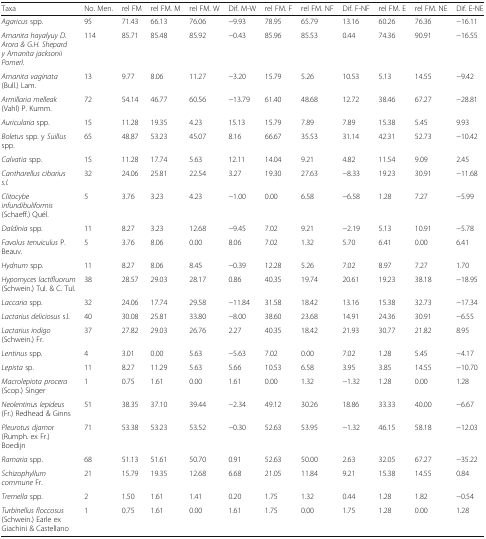
<table><thead><tr><td><b>Taxa</b></td><td><b>No. Men.</b></td><td><b>rel FM</b></td><td><b>rel FM. M</b></td><td><b>rel FM. W</b></td><td><b>Dif. M-W</b></td><td><b>rel FM. F</b></td><td><b>rel FM. NF</b></td><td><b>Dif. F-NF</b></td><td><b>rel FM. E</b></td><td><b>rel FM. NE</b></td><td><b>Dif. E-NE</b></td></tr></thead><tbody><tr><td><i>Agaricus</i> spp.</td><td>95</td><td>71.43</td><td>66.13</td><td>76.06</td><td>−9.93</td><td>78.95</td><td>65.79</td><td>13.16</td><td>60.26</td><td>76.36</td><td>−16.11</td></tr><tr><td><i>Amanita hayalyuy D. Arora &amp; G.H. Shepard y Amanita jacksonii Pomerl.</i></td><td>114</td><td>85.71</td><td>85.48</td><td>85.92</td><td>−0.43</td><td>85.96</td><td>85.53</td><td>0.44</td><td>74.36</td><td>90.91</td><td>−16.55</td></tr><tr><td><i>Amanita vaginata</i> (Bull.) Lam.</td><td>13</td><td>9.77</td><td>8.06</td><td>11.27</td><td>−3.20</td><td>15.79</td><td>5.26</td><td>10.53</td><td>5.13</td><td>14.55</td><td>−9.42</td></tr><tr><td><i>Armillaria melleak</i> (Vahl) P. Kumm.</td><td>72</td><td>54.14</td><td>46.77</td><td>60.56</td><td>−13.79</td><td>61.40</td><td>48.68</td><td>12.72</td><td>38.46</td><td>67.27</td><td>−28.81</td></tr><tr><td><i>Auricularia</i> spp.</td><td>15</td><td>11.28</td><td>19.35</td><td>4.23</td><td>15.13</td><td>15.79</td><td>7.89</td><td>7.89</td><td>15.38</td><td>5.45</td><td>9.93</td></tr><tr><td><i>Boletus</i> spp. y <i>Suillus</i> spp.</td><td>65</td><td>48.87</td><td>53.23</td><td>45.07</td><td>8.16</td><td>66.67</td><td>35.53</td><td>31.14</td><td>42.31</td><td>52.73</td><td>−10.42</td></tr><tr><td><i>Calvatia</i> spp.</td><td>15</td><td>11.28</td><td>17.74</td><td>5.63</td><td>12.11</td><td>14.04</td><td>9.21</td><td>4.82</td><td>11.54</td><td>9.09</td><td>2.45</td></tr><tr><td><i>Cantharellus cibarius s.l.</i></td><td>32</td><td>24.06</td><td>25.81</td><td>22.54</td><td>3.27</td><td>19.30</td><td>27.63</td><td>−8.33</td><td>19.23</td><td>30.91</td><td>−11.68</td></tr><tr><td><i>Clitocybe infundibuliformis</i> (Schaeff.) Quél.</td><td>5</td><td>3.76</td><td>3.23</td><td>4.23</td><td>−1.00</td><td>0.00</td><td>6.58</td><td>−6.58</td><td>1.28</td><td>7.27</td><td>−5.99</td></tr><tr><td><i>Daldinia</i> spp.</td><td>11</td><td>8.27</td><td>3.23</td><td>12.68</td><td>−9.45</td><td>7.02</td><td>9.21</td><td>−2.19</td><td>5.13</td><td>10.91</td><td>−5.78</td></tr><tr><td><i>Favolus tenuiculus</i> P. Beauv.</td><td>5</td><td>3.76</td><td>8.06</td><td>0.00</td><td>8.06</td><td>7.02</td><td>1.32</td><td>5.70</td><td>6.41</td><td>0.00</td><td>6.41</td></tr><tr><td><i>Hydnum</i> spp.</td><td>11</td><td>8.27</td><td>8.06</td><td>8.45</td><td>−0.39</td><td>12.28</td><td>5.26</td><td>7.02</td><td>8.97</td><td>7.27</td><td>1.70</td></tr><tr><td><i>Hypomyces lactifluorum</i> (Schwein.) Tul. &amp; C. Tul.</td><td>38</td><td>28.57</td><td>29.03</td><td>28.17</td><td>0.86</td><td>40.35</td><td>19.74</td><td>20.61</td><td>19.23</td><td>38.18</td><td>−18.95</td></tr><tr><td><i>Laccaria</i> spp.</td><td>32</td><td>24.06</td><td>17.74</td><td>29.58</td><td>−11.84</td><td>31.58</td><td>18.42</td><td>13.16</td><td>15.38</td><td>32.73</td><td>−17.34</td></tr><tr><td><i>Lactarius deliciosus</i> s.l.</td><td>40</td><td>30.08</td><td>25.81</td><td>33.80</td><td>−8.00</td><td>38.60</td><td>23.68</td><td>14.91</td><td>24.36</td><td>30.91</td><td>−6.55</td></tr><tr><td><i>Lactarius indigo</i> (Schwein.) Fr.</td><td>37</td><td>27.82</td><td>29.03</td><td>26.76</td><td>2.27</td><td>40.35</td><td>18.42</td><td>21.93</td><td>30.77</td><td>21.82</td><td>8.95</td></tr><tr><td><i>Lentinus</i> spp.</td><td>4</td><td>3.01</td><td>0.00</td><td>5.63</td><td>−5.63</td><td>7.02</td><td>0.00</td><td>7.02</td><td>1.28</td><td>5.45</td><td>−4.17</td></tr><tr><td><i>Lepista</i> sp.</td><td>11</td><td>8.27</td><td>11.29</td><td>5.63</td><td>5.66</td><td>10.53</td><td>6.58</td><td>3.95</td><td>3.85</td><td>14.55</td><td>−10.70</td></tr><tr><td><i>Macrolepiota procera</i> (Scop.) Singer</td><td>1</td><td>0.75</td><td>1.61</td><td>0.00</td><td>1.61</td><td>0.00</td><td>1.32</td><td>−1.32</td><td>1.28</td><td>0.00</td><td>1.28</td></tr><tr><td><i>Neolentinus lepideus</i> (Fr.) Redhead &amp; Ginns</td><td>51</td><td>38.35</td><td>37.10</td><td>39.44</td><td>−2.34</td><td>49.12</td><td>30.26</td><td>18.86</td><td>33.33</td><td>40.00</td><td>−6.67</td></tr><tr><td><i>Pleurotus djamor</i> (Rumph. ex Fr.) Boedijn</td><td>71</td><td>53.38</td><td>53.23</td><td>53.52</td><td>−0.30</td><td>52.63</td><td>53.95</td><td>−1.32</td><td>46.15</td><td>58.18</td><td>−12.03</td></tr><tr><td><i>Ramaria</i> spp.</td><td>68</td><td>51.13</td><td>51.61</td><td>50.70</td><td>0.91</td><td>52.63</td><td>50.00</td><td>2.63</td><td>32.05</td><td>67.27</td><td>−35.22</td></tr><tr><td><i>Schizophyllum commune</i> Fr.</td><td>21</td><td>15.79</td><td>19.35</td><td>12.68</td><td>6.68</td><td>21.05</td><td>11.84</td><td>9.21</td><td>15.38</td><td>14.55</td><td>0.84</td></tr><tr><td><i>Tremella</i> spp.</td><td>2</td><td>1.50</td><td>1.61</td><td>1.41</td><td>0.20</td><td>1.75</td><td>1.32</td><td>0.44</td><td>1.28</td><td>1.82</td><td>−0.54</td></tr><tr><td><i>Turbinellus floccosus</i> (Schwein.) Earle ex Giachini &amp; Castellano</td><td>1</td><td>0.75</td><td>1.61</td><td>0.00</td><td>1.61</td><td>1.75</td><td>0.00</td><td>1.75</td><td>1.28</td><td>0.00</td><td>1.28</td></tr></tbody></table>